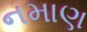
નમાણ